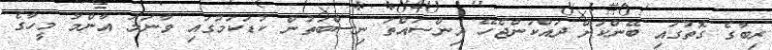
ރިބާގެ ގޮތުގައި ބޭންކަށް ދައްކަންޖެހޭ އިންސައްތަ ނިސްބަތުން ކުޑަކަމުގައި ވާނަމަ އާންމު މީހާގެ